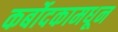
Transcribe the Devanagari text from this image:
कर्बोदकामधून